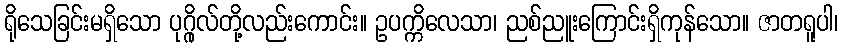
ရိုသေခြင်းမရှိသော ပုဂ္ဂိုလ်တို့လည်းကောင်း။ ဥပက္ကိလေသာ၊ ညစ်ညူးကြောင်းရှိကုန်သော။ ဇာတရူပါ၊